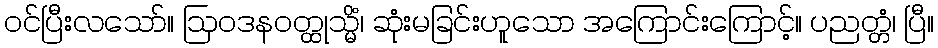
ဝင်ပြီးလသော်။ ဩဝဒနဝတ္ထုသ္မိံ၊ ဆုံးမခြင်းဟူသော အကြောင်းကြောင့်။ ပညတ္တံ၊ ပြီ။